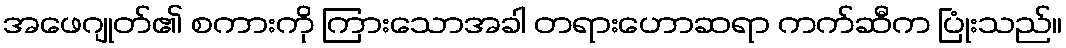
အဖေဂျုတ်၏ စကားကို ကြားသောအခါ တရားဟောဆရာ ကက်ဆီက ပြုံးသည်။